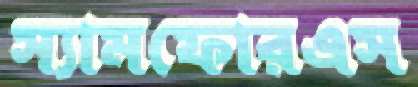
স্যামফোরএস